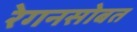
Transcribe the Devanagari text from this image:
रेगनसोबत